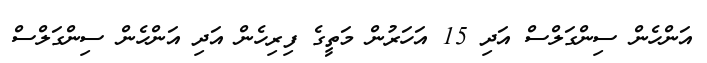
އަންހެން ސިންގަލްސް އަދި 15 އަހަރުން މަތީގެ ފިރިހެން އަދި އަންހެން ސިންގަލްސް